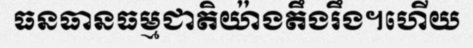
ធនធានធម្មជាតិយ៉ាងតឹងរឹង។ហើយ